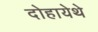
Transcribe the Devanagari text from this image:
दोहायेथे